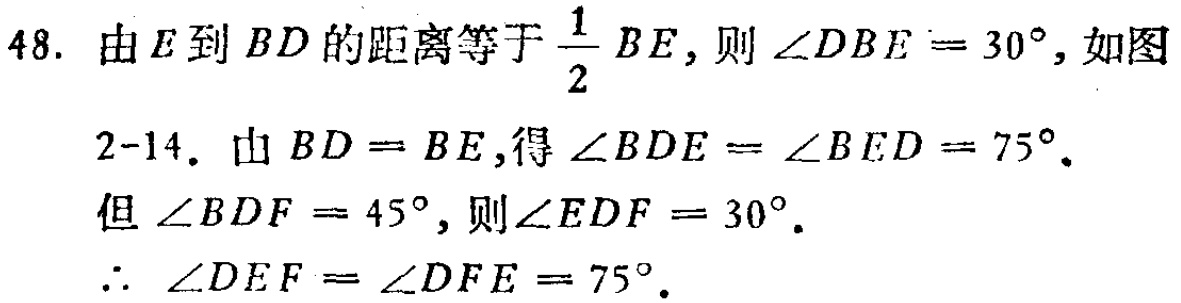
48. 由\(E\)到\(BD\)的距离等于\(\frac{1}{2}BE\)，则\(\angle DBE = 30^{\circ}\)，如图
2-14. 由\(BD = BE\)，得\(\angle BDE = \angle BED = 75^{\circ}\).
但\(\angle BDF = 45^{\circ}\)，则\(\angle EDF = 30^{\circ}\).
\(\therefore\ \angle DEF = \angle DFE = 75^{\circ}\).